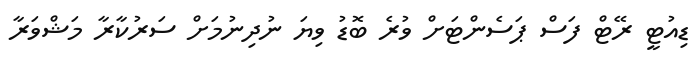
ޑިއުޓީ ރޭޓް ފަސް ޕަސެންޓަށް ވުރެ ބޮޑު ވިޔަ ނުދިނުމަށް ސަރުކާރާ މަޝްވަރާ